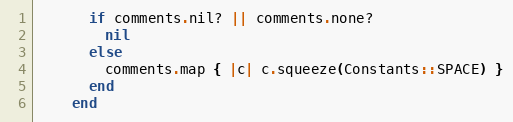
Language: Ruby
      if comments.nil? || comments.none?
        nil
      else
        comments.map { |c| c.squeeze(Constants::SPACE) }
      end
    end